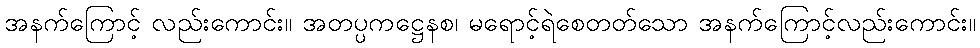
အနက်ကြောင့် လည်းကောင်း။ အတပ္ပကဋ္ဌေနစ၊ မရောင့်ရဲစေတတ်သော အနက်ကြောင့်လည်းကောင်း။